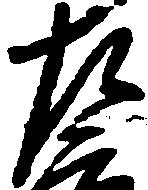
左